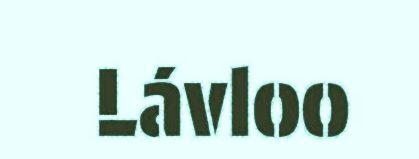
Lávloo